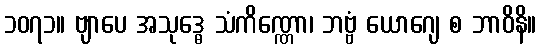
၁၀၇၁။ ဗျာပေ အသုဒ္ဓေ သံကိဏ္ဏော၊ ဘဗ္ဗံ ယောဂျေ စ ဘာဝိနိ။